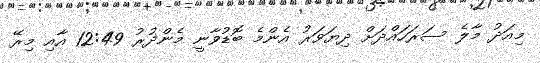
މިއަދު މާލެ ސަރަހައްދަށް ދިޔަވަރު އެންމެ ބޮޑުވާނީ މެންދުރު 12:49 އާއި މިރޭ